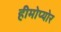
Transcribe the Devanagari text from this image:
हीमोप्योर